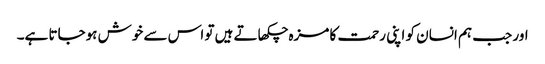
اور جب ہم انسان کو اپنی رحمت کا مزہ چکھاتے ہیں تو اس سے خوش ہوجاتا ہے۔